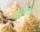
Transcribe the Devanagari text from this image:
सदयकोव